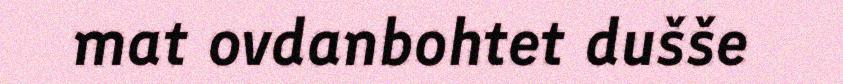
mat ovdanbohtet dušše